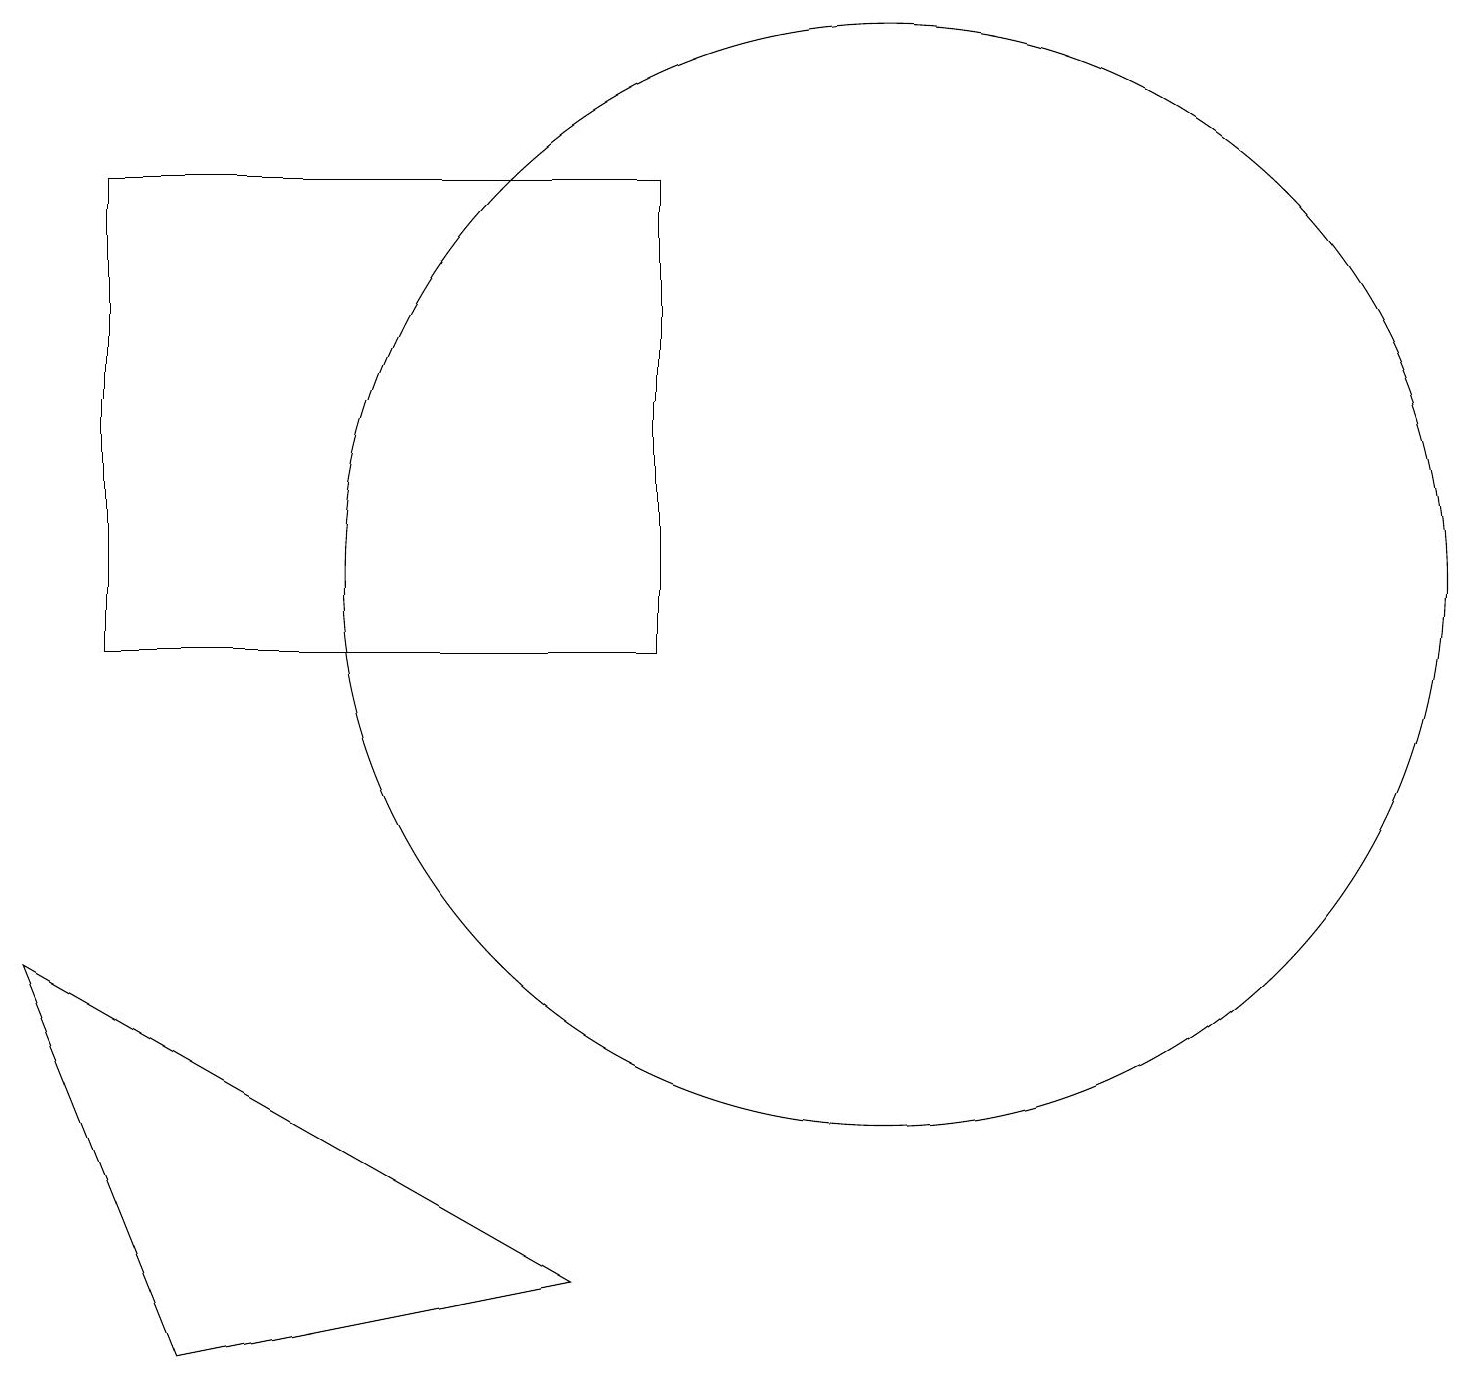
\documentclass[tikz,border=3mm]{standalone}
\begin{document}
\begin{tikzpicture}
\draw (2,10) rectangle (9,16);
\draw (12,11) circle (7);
\draw (8,2) -- (1,6) -- (3,1) -- cycle;
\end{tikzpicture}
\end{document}